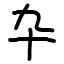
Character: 卆